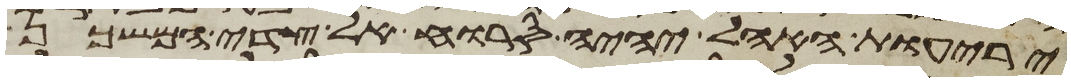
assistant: יריעות האהל יהיה סרוח אל צדי המשכן